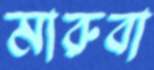
মারুবা